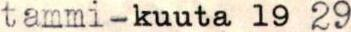
tammi-kuuta 19 29